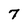
Character: 7